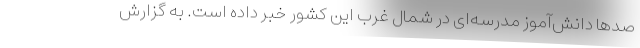
صدها دانش‌آموز مدرسه‌ای در شمال غرب این کشور خبر داده است. به گزارش